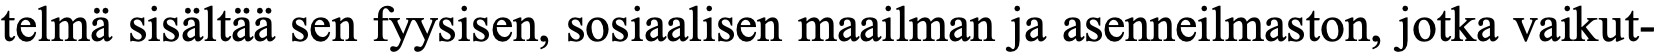
telmä sisältää sen fyysisen, sosiaalisen maailman ja asenneilmaston, jotka vaikut-